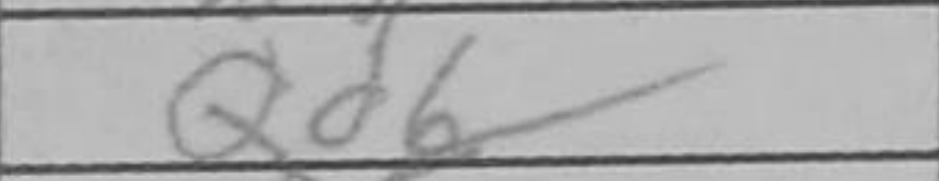
Transcription: Qd6